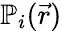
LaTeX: \mathbb{P}_{i}(\vec{r})